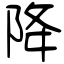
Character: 降